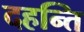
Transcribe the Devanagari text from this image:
दहन्ति